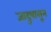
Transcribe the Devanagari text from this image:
जादुपासून